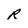
Character: R